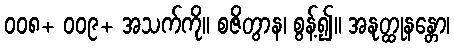
၀၀၈+ ၀၀၉+ အသက်ကို။ စဇိတွာန၊ စွန့်၍။ အနုတ္ထုနန္တော၊